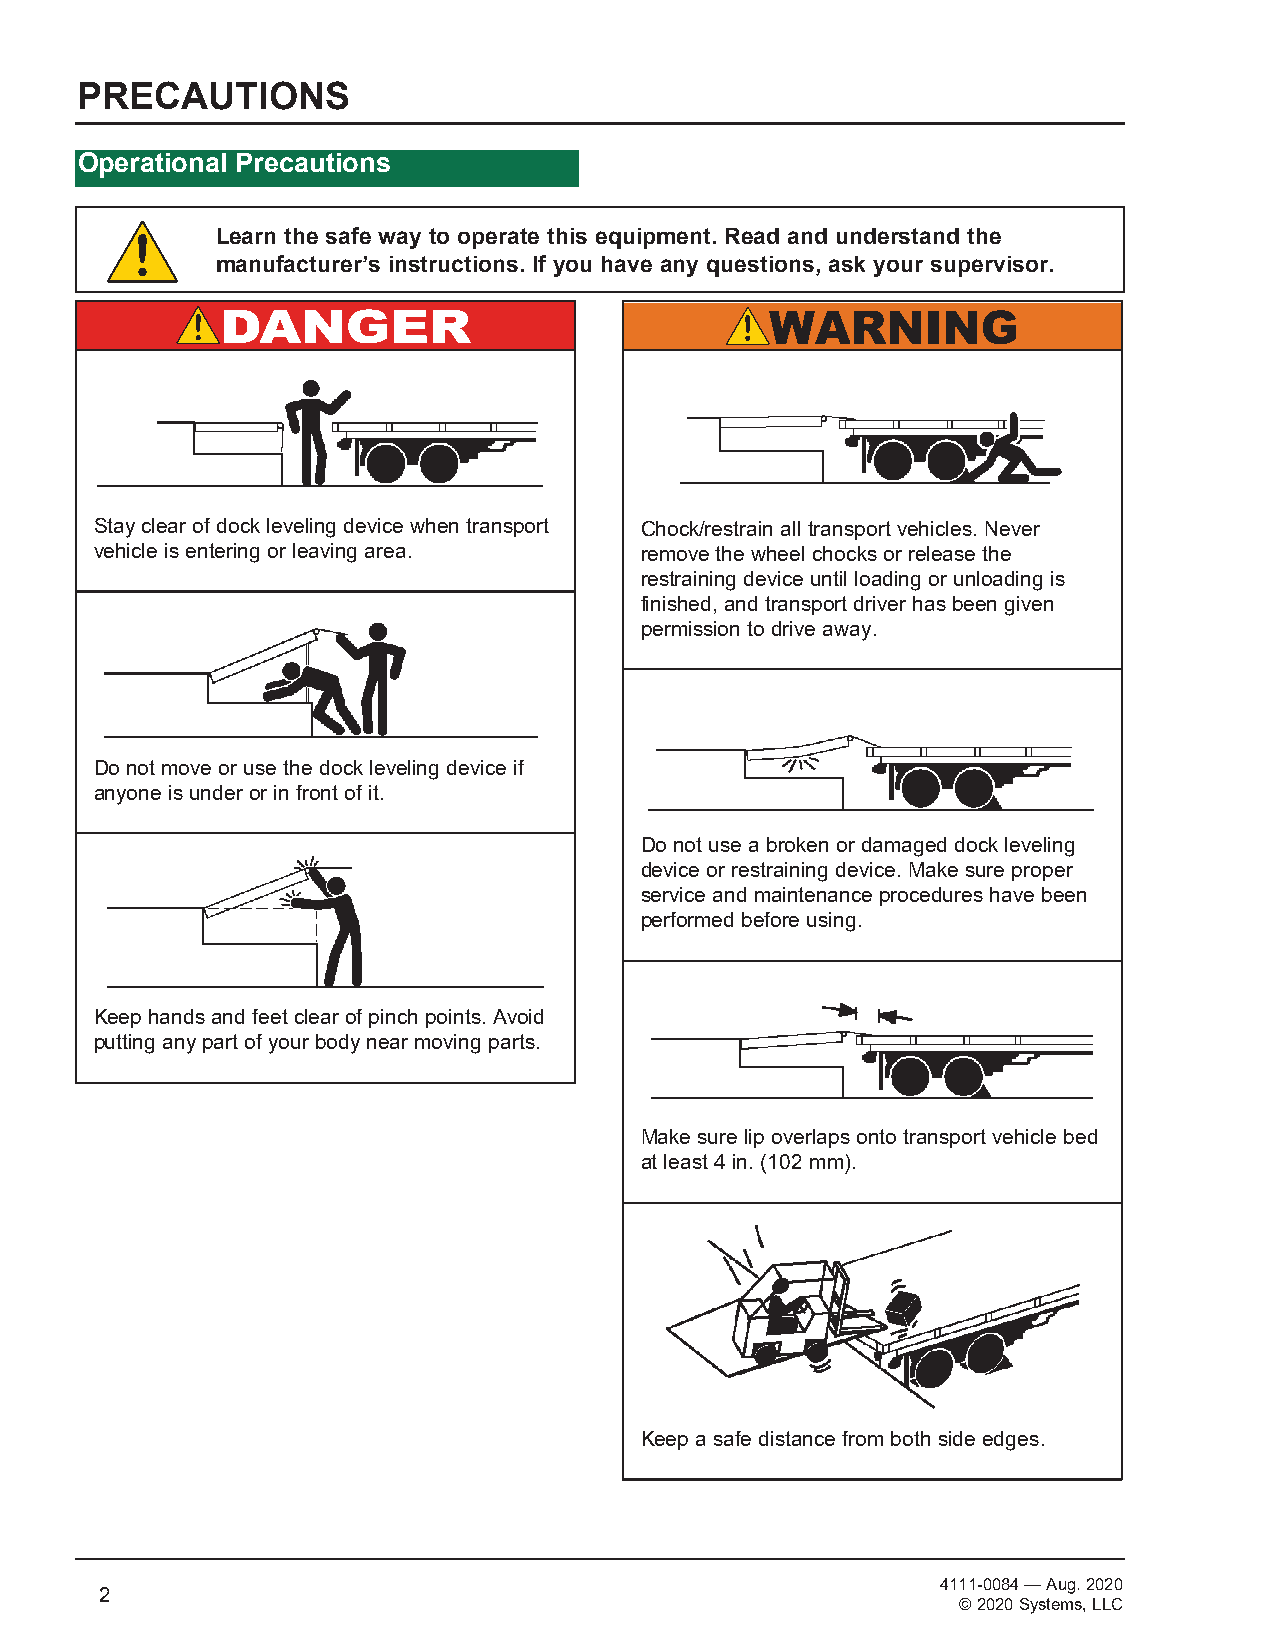
PRECAUTIONS
 Operational Precautions
 Learn the safe way to operate this equipment. Read and understand the
 manufacturer’s instructions. If you have any questions, ask your supervisor.
 Stay clear of dock leveling device when transport Chock/restrain all transport vehicles. Never
 vehicle is entering or leaving area. remove the wheel chocks or release the
 restraining device until loading or unloading is
 finished, and transport driver has been given
 permission to drive away.
 Do not move or use the dock leveling device if
 anyone is under or in front of it.
 Do not use a broken or damaged dock leveling
 device or restraining device. Make sure proper
 service and maintenance procedures have been
 performed before using.
 Keep hands and feet clear of pinch points. Avoid
 putting any part of your body near moving parts.
 Make sure lip overlaps onto transport vehicle bed
 at least 4 in. (102 mm).
 Keep a safe distance from both side edges.
 4111-0084 — Aug. 2020
 2
 © 2020 Systems, LLC